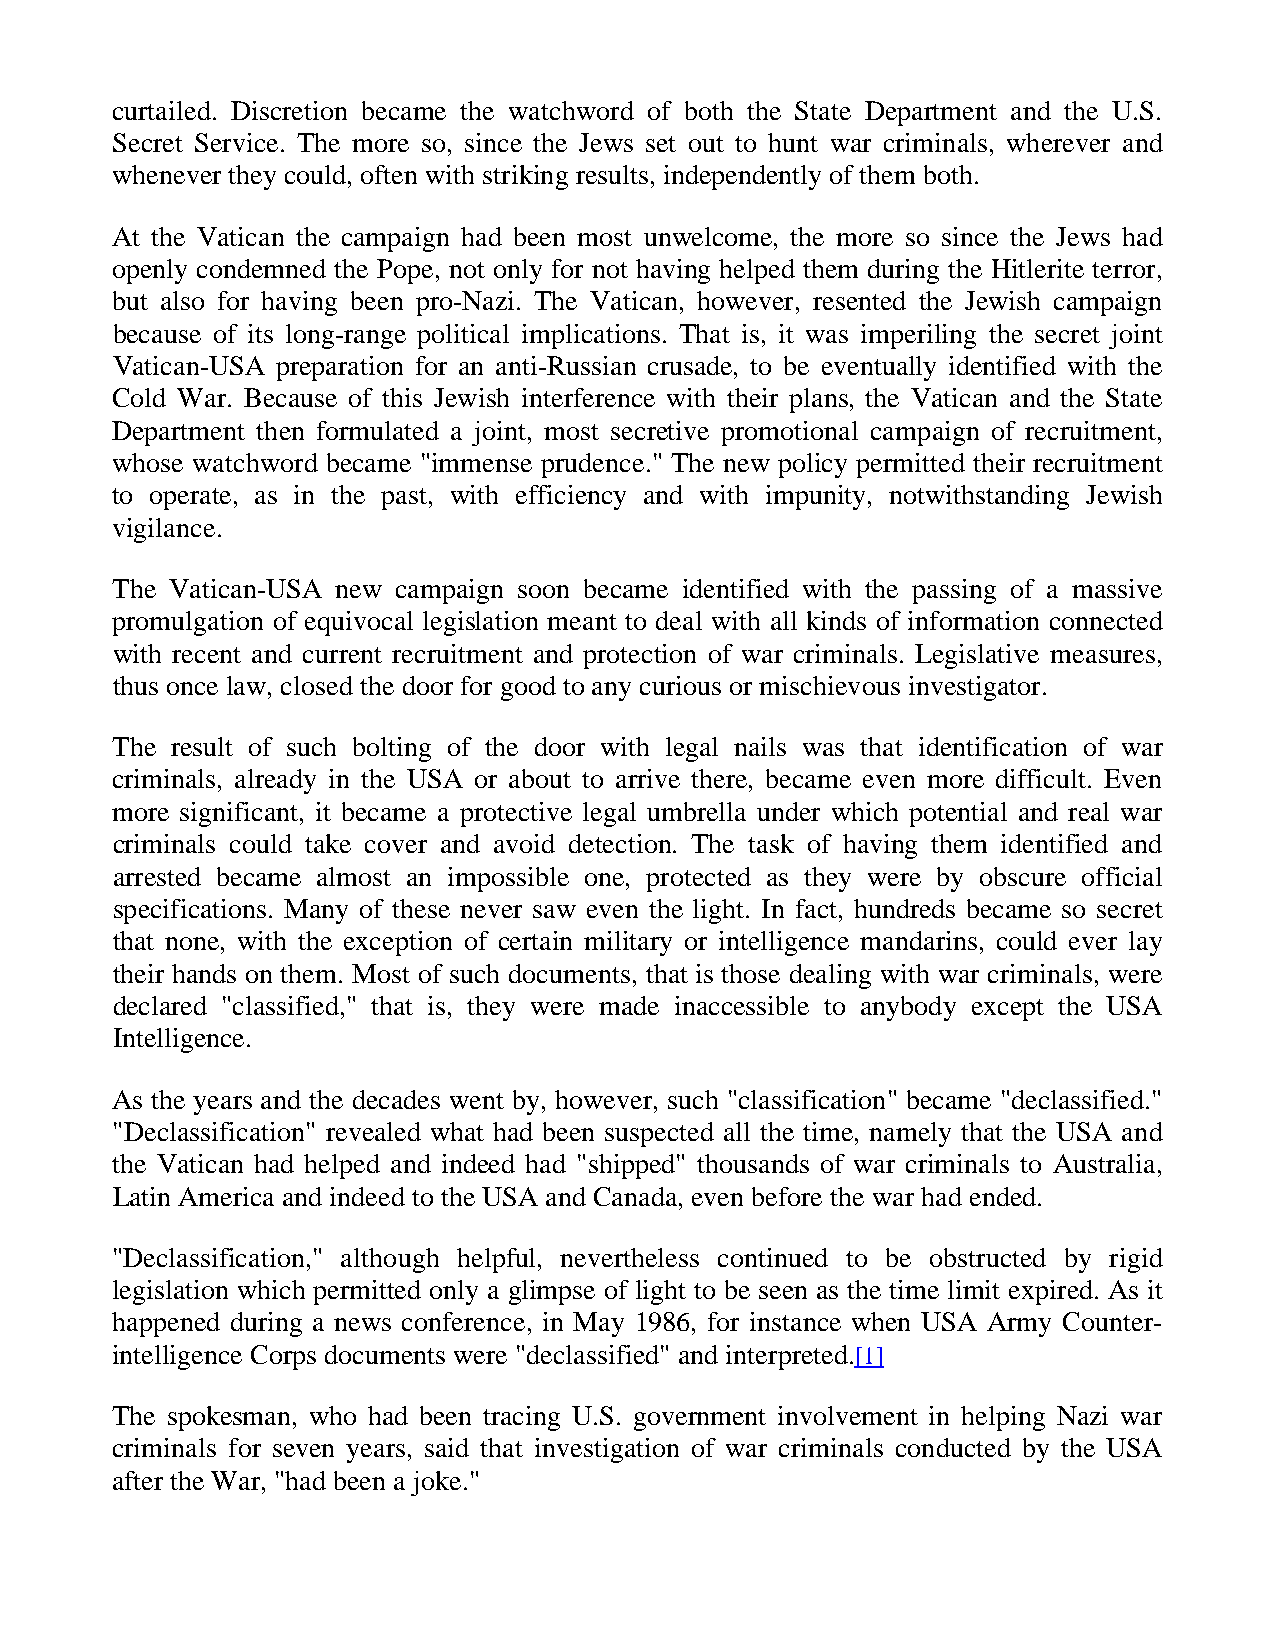
curtailed. Discretion became the watchword of both the State Department and the U.S.
 Secret Service. The more so, since the Jews set out to hunt war criminals, wherever and
 whenever they could, often with striking results, independently of them both.
 At the Vatican the campaign had been most unwelcome, the more so since the Jews had
 openly condemned the Pope, not only for not having helped them during the Hitlerite terror,
 but also for having been pro-Nazi. The Vatican, however, resented the Jewish campaign
 because of its long-range political implications. That is, it was imperiling the secret joint
 Vatican-USA preparation for an anti-Russian crusade, to be eventually identified with the
 Cold War. Because of this Jewish interference with their plans, the Vatican and the State
 Department then formulated a joint, most secretive promotional campaign of recruitment,
 whose watchword became "immense prudence." The new policy permitted their recruitment
 to operate, as in the past, with efficiency and with impunity, notwithstanding Jewish
 vigilance.
 The Vatican-USA new campaign soon became identified with the passing of a massive
 promulgation of equivocal legislation meant to deal with all kinds of information connected
 with recent and current recruitment and protection of war criminals. Legislative measures,
 thus once law, closed the door for good to any curious or mischievous investigator.
 The result of such bolting of the door with legal nails was that identification of war
 criminals, already in the USA or about to arrive there, became even more difficult. Even
 more significant, it became a protective legal umbrella under which potential and real war
 criminals could take cover and avoid detection. The task of having them identified and
 arrested became almost an impossible one, protected as they were by obscure official
 specifications. Many of these never saw even the light. In fact, hundreds became so secret
 that none, with the exception of certain military or intelligence mandarins, could ever lay
 their hands on them. Most of such documents, that is those dealing with war criminals, were
 declared "classified," that is, they were made inaccessible to anybody except the USA
 Intelligence.
 As the years and the decades went by, however, such "classification" became "declassified."
 "Declassification" revealed what had been suspected all the time, namely that the USA and
 the Vatican had helped and indeed had "shipped" thousands of war criminals to Australia,
 Latin America and indeed to the USA and Canada, even before the war had ended.
 "Declassification," although helpful, nevertheless continued to be obstructed by rigid
 legislation which permitted only a glimpse of light to be seen as the time limit expired. As it
 happened during a news conference, in May 1986, for instance when USA Army Counter-
 intelligence Corps documents were "declassified" and interpreted.[1]
 The spokesman, who had been tracing U.S. government involvement in helping Nazi war
 criminals for seven years, said that investigation of war criminals conducted by the USA
 after the War, "had been a joke."